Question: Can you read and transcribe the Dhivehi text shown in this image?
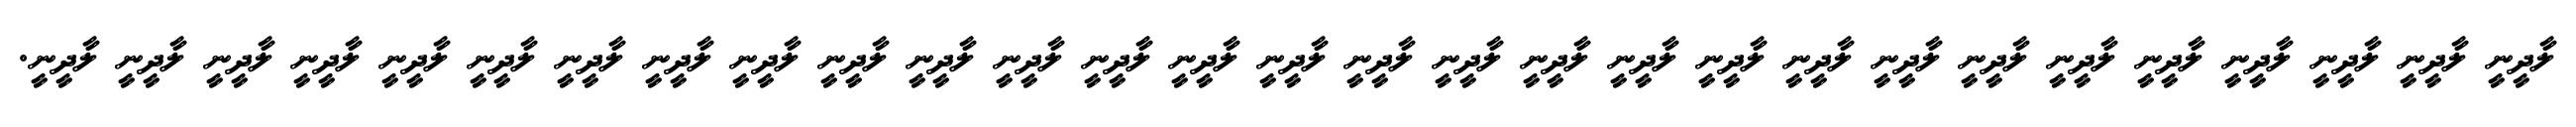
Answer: ލާދީނީ ލާދީނީ ލާދީނީ ލާދީނީ ލާދީނީ ލާދީނީ ލާދީނީ ލާދީނީ ލާދީނީ ލާދީނީ ލާދީނީ ލާދީނީ ލާދީނީ ލާދީނީ ލާދީނީ ލާދީނީ ލާދީނީ ލާދީނީ ލާދީނީ ލާދީނީ ލާދީނީ ލާދީނީ ލާދީނީ ލާދީނީ ލާދީނީ ލާދީނީ ލާދީނީ ލާދީނީ ލާދީނީ.